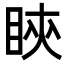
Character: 鿃